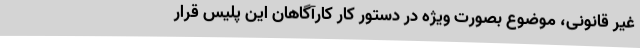
غیر قانونی، موضوع بصورت ویژه در دستور کار کارآگاهان این پلیس قرار